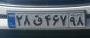
۲۸ق۴۶۷۹۸